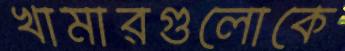
খামারগুলোকে